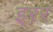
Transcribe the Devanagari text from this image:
इरर